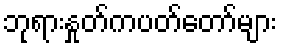
ဘုရားနှုတ်ကပတ်တော်များ